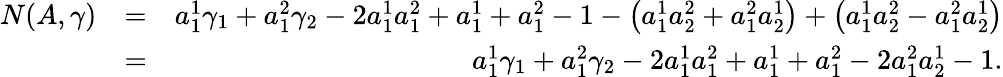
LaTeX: \begin{array}{rlr}{N(A,\gamma)}&{=}&{a_{1}^{1}\gamma_{1}+a_{1}^{2}\gamma_{2}-2a_{1}^{1}a_{1}^{2}+a_{1}^{1}+a_{1}^{2}-1-\left(a_{1}^{1}a_{2}^{2}+a_{1}^{2}a_{2}^{1}\right)+\left(a_{1}^{1}a_{2}^{2}-a_{1}^{2}a_{2}^{1}\right)}\\ &{=}&{a_{1}^{1}\gamma_{1}+a_{1}^{2}\gamma_{2}-2a_{1}^{1}a_{1}^{2}+a_{1}^{1}+a_{1}^{2}-2a_{1}^{2}a_{2}^{1}-1.}\end{array}